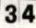
34